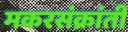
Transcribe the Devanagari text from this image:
मकरसंक्रांती